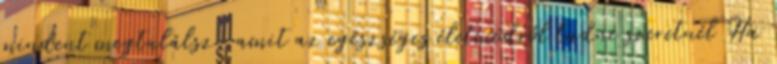
mindent megtalálsz, amit az egészséges életmódról tudni szeretnél Ha